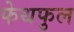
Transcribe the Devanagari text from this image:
फेथफुल